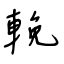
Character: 輓